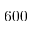
6 0 0